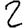
Digit: 2